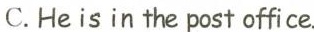
C.He is in the post office.